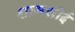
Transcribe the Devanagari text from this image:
शामशोई